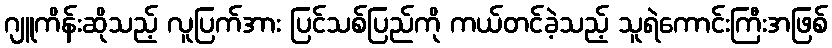
ဂျူကိန်းဆိုသည့် လူပြက်အား ပြင်သစ်ပြည်ကို ကယ်တင်ခဲ့သည့် သူရဲကောင်းကြီးအဖြစ်